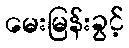
မေးမြန်းခွင့်